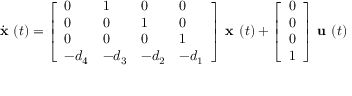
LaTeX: { \dot { \textbf { x } } } ( t ) = { \left[ \begin{array} { l l l l } { 0 } & { 1 } & { 0 } & { 0 } \\ { 0 } & { 0 } & { 1 } & { 0 } \\ { 0 } & { 0 } & { 0 } & { 1 } \\ { - d _ { 4 } } & { - d _ { 3 } } & { - d _ { 2 } } & { - d _ { 1 } } \end{array} \right] } { \textbf { x } } ( t ) + { \left[ \begin{array} { l } { 0 } \\ { 0 } \\ { 0 } \\ { 1 } \end{array} \right] } { \textbf { u } } ( t )